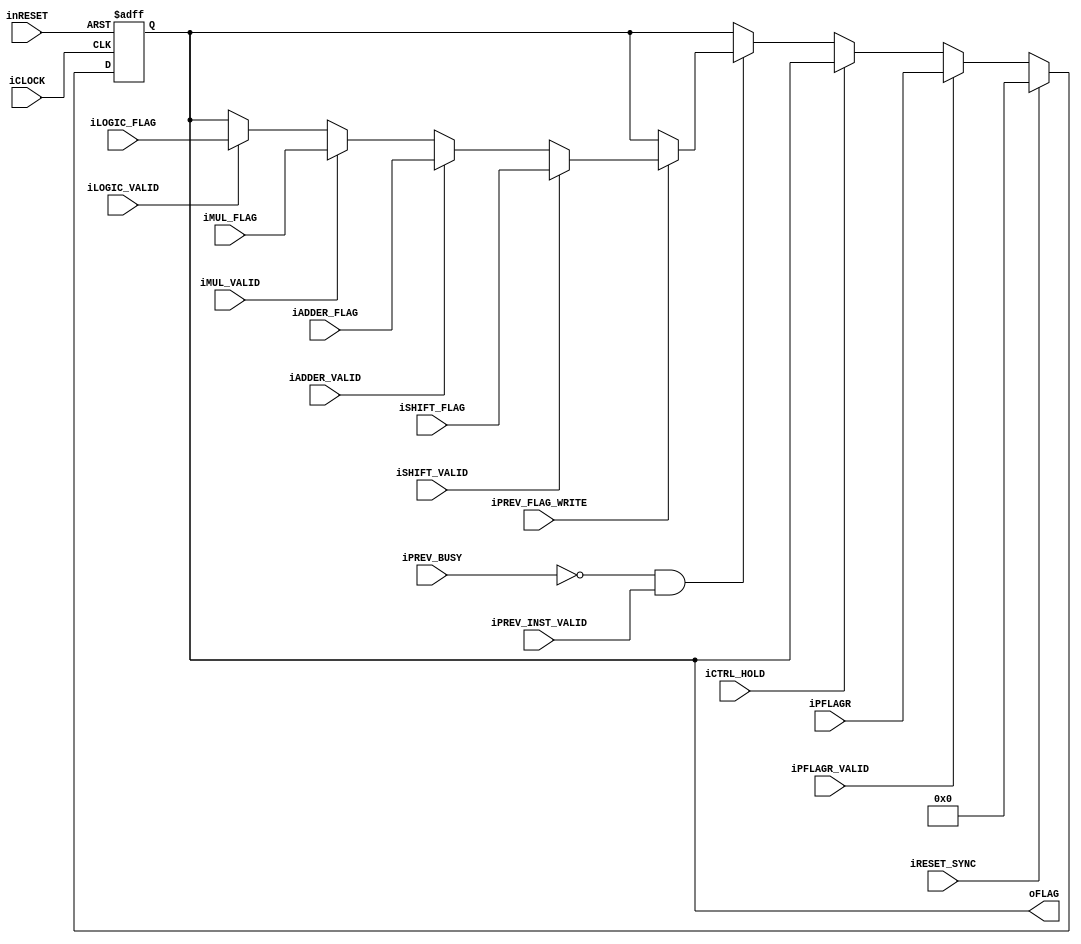
module execute_flag_register(
		input wire iCLOCK,
		input wire inRESET,
		input wire iRESET_SYNC,
		input wire iCTRL_HOLD,
		input wire iPFLAGR_VALID,
		input wire [4:0] iPFLAGR,
		input wire iPREV_INST_VALID,
		input wire iPREV_BUSY,
		input wire iPREV_FLAG_WRITE,
		input wire iSHIFT_VALID,
		input wire [4:0] iSHIFT_FLAG,
		input wire iADDER_VALID,
		input wire [4:0] iADDER_FLAG,
		input wire iMUL_VALID,
		input wire [4:0] iMUL_FLAG,
		input wire iLOGIC_VALID,
		input wire [4:0] iLOGIC_FLAG,
		output wire [4:0] oFLAG
	);
	reg [4:0] b_sysreg_flags;
	always@(posedge iCLOCK or negedge inRESET)begin
		if(!inRESET)begin
			b_sysreg_flags <= 5'h0;
		end
		else if(iRESET_SYNC)begin
			b_sysreg_flags <= 5'h0;
		end
		else if(iPFLAGR_VALID)begin
			b_sysreg_flags <= iPFLAGR;
		end
		else if(iCTRL_HOLD)begin
			b_sysreg_flags <= b_sysreg_flags;
		end
		else begin
			if(!iPREV_BUSY && iPREV_INST_VALID)begin
				if(iPREV_FLAG_WRITE)begin
					if(iSHIFT_VALID)begin
						b_sysreg_flags <= iSHIFT_FLAG;
					end
					else if(iADDER_VALID)begin
						b_sysreg_flags <= iADDER_FLAG;
					end
					else if(iMUL_VALID)begin
						b_sysreg_flags <= iMUL_FLAG;
					end
					else if(iLOGIC_VALID)begin
						b_sysreg_flags <= iLOGIC_FLAG;
					end
				end
			end
		end
	end
	assign oFLAG = b_sysreg_flags;
endmodule